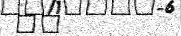
٩٨